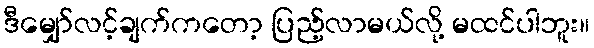
ဒီမျှော်လင့်ချက်ကတော့ ပြည့်လာမယ်လို့ မထင်ပါဘူး။